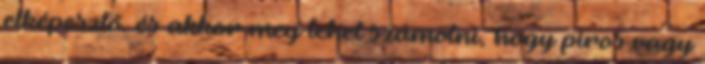
elképesztő. és akkor meg lehet számolni, hogy piros vagy